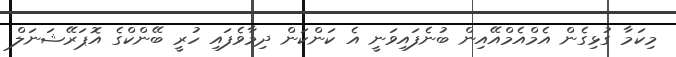
މިކަމާ ގުޅިގެން އެމްއެމްއޭއިން ބުނެފައިވަނީ އެ ކަންކަން ދިމާވެފައި ހުރީ ބޭންކްގެ އޮޕަރޭޝަނަލް